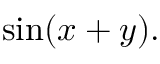
\sin ( x + y ) .